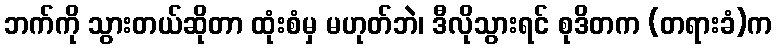
ဘက်ကို သွားတယ်ဆိုတာ ထုံးစံမှ မဟုတ်ဘဲ၊ ဒီလိုသွားရင် စုဒိတက (တရားခံ)က